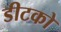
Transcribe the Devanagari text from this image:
डीटको